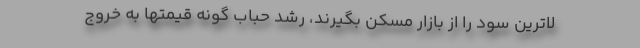
لاترین سود را از بازار مسکن بگیرند، رشد حباب گونه قیمتها به خروج